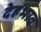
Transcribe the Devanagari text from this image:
देहभाव